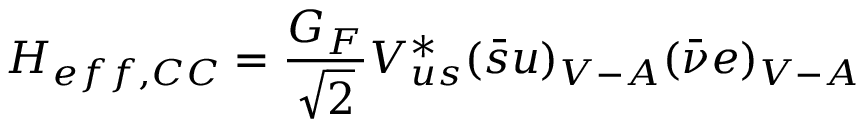
{ \cal H } _ { e f f , C C } = \frac { G _ { F } } { \sqrt { 2 } } V _ { u s } ^ { * } ( \bar { s } u ) _ { V - A } ( \bar { \nu } e ) _ { V - A }